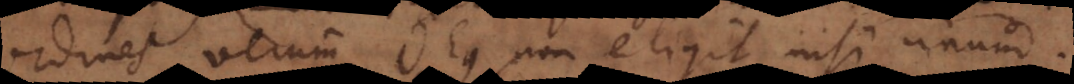
ordines, verum Deus non eligit nisi unum.